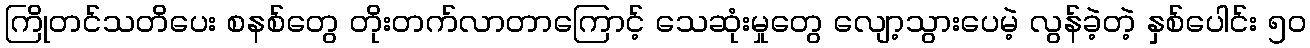
ကြိုတင်သတိပေး စနစ်တွေ တိုးတက်လာတာကြောင့် သေဆုံးမှုတွေ လျော့သွားပေမဲ့ လွန်ခဲ့တဲ့ နှစ်ပေါင်း ၅၀